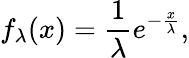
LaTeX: f_{\lambda}(x)=\frac{1}{\lambda}e^{-\frac{x}{\lambda}},